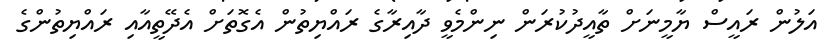
އަލުން ރައީސް ޔާމީނަށް ތާއީދުކުރަން ނިންމެވީ ދާއިރާގެ ރައްޔިތުން އެގޮތަށް އެދޭތީއާއި ރައްޔިތުންގެ